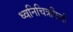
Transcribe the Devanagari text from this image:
ध्वनिचित्रफिती